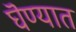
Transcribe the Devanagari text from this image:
घॆण्यात